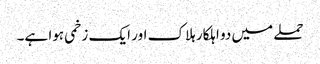
حملے میں دو اہلکار ہلاک اور ایک زخمی ہوا ہے۔